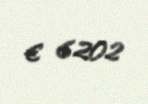
€ 6202